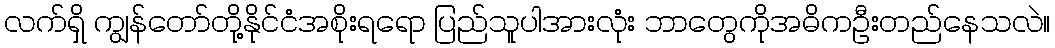
လက်ရှိ ကျွန်တော်တို့နိုင်ငံအစိုးရရော ပြည်သူပါအားလုံး ဘာတွေကိုအဓိကဦးတည်နေသလဲ။